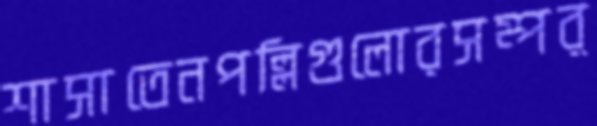
শাসাতেনপল্লিগুলোরসম্পর্